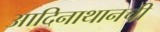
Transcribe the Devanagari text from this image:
आदिनाथानची